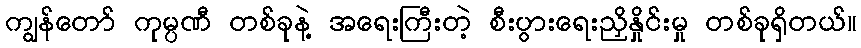
ကျွန်တော် ကုမ္ပဏီ တစ်ခုနဲ့ အရေးကြီးတဲ့ စီးပွားရေးညှိနှိုင်းမှု တစ်ခုရှိတယ်။